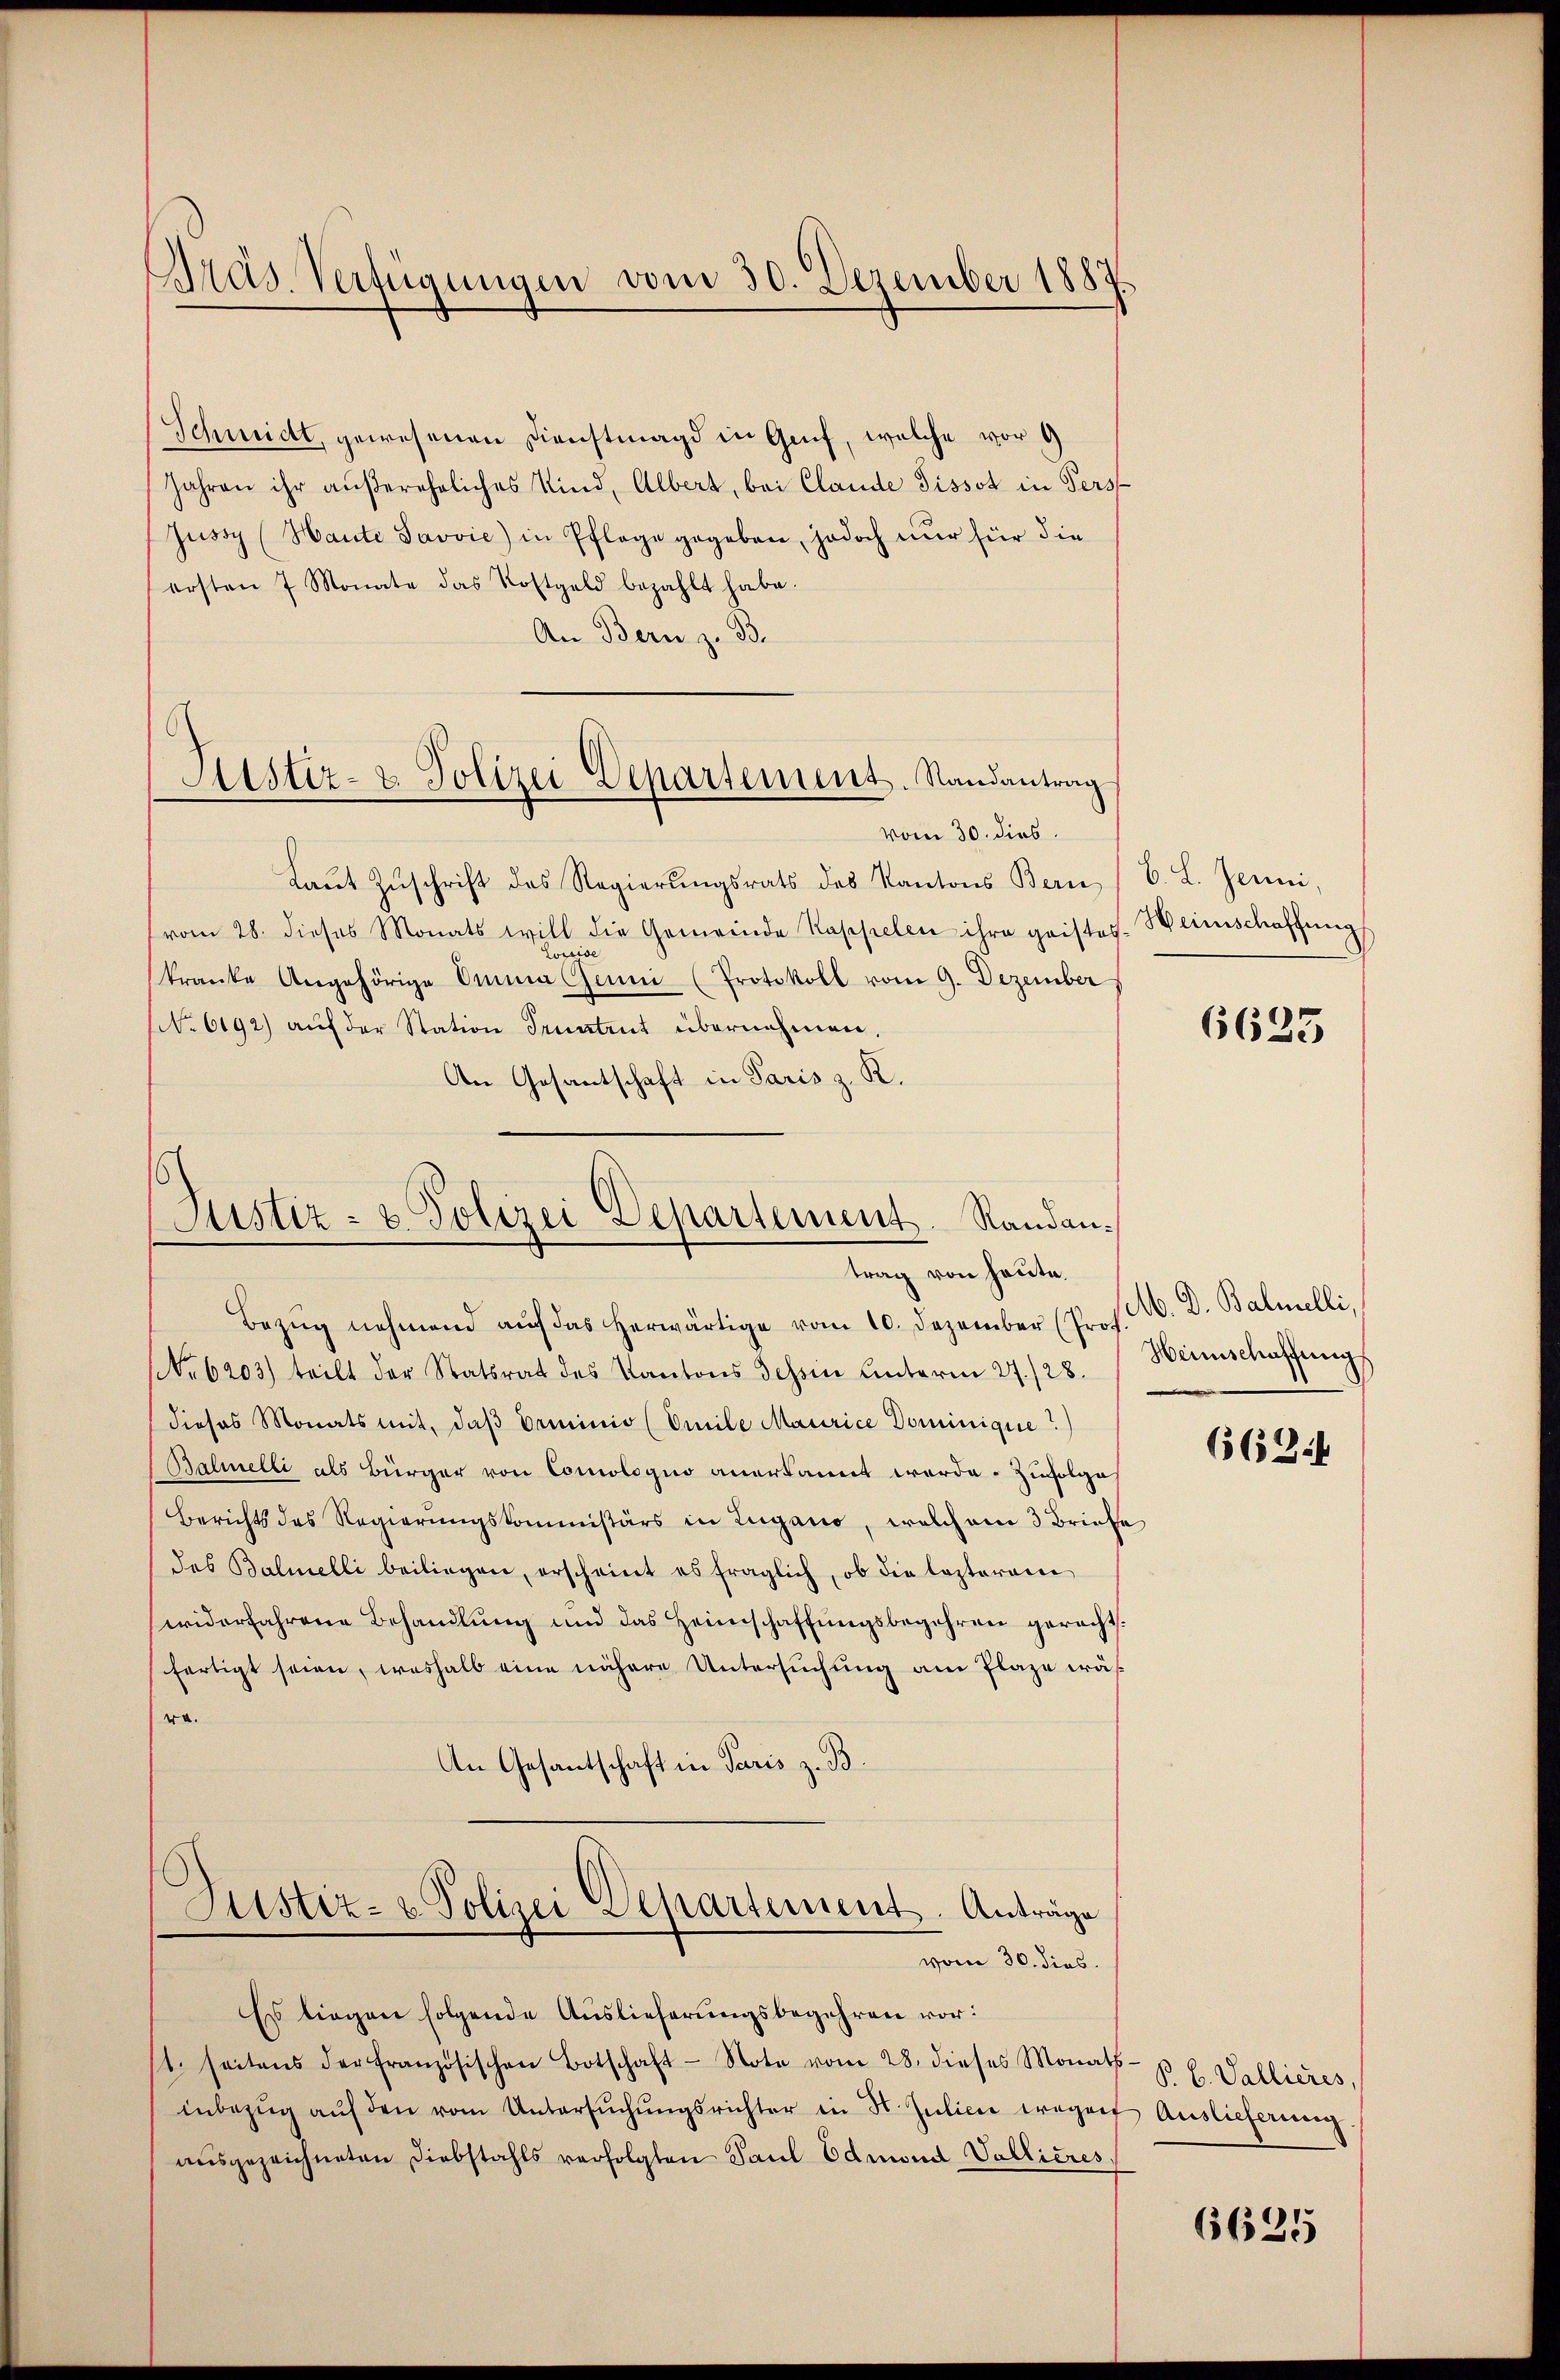
Präs. Verfügungen vom 30. Dezember 1887

Schmidt, gewesenen Dienstmagd in Genf, welche vor 1
Jahren ihr aŭβerehrliches Kind, Albert, bei Claude Tissot in Persjussy (Haute Javvie) in Pflage gegeben, jedoch nur für die
ersten 7 Monate das Kostgeld bezahlt habe.
An Bern z. B.

Kister- & Polizei Departement. Randantrag

vom 30. dies
Laŭt Zŭschrift des Regierŭngsrats des Kantons Bern
vom 28. dieses Monats will die Gemeinde Kappelen ihre geistes Weinschaffung
be
Lope
kranke Angehörige Anna Gummi (Protokoll vom 9. Dezember
No 6192) aŭf der Station Senatent übernehmen,
An Gesantschaft in Paris z. R.

Justiz- & Polizei Departement. Randantrag von heute.

b. L. Jenni,

Bezug nehmend auf das herwärtige vom 10. Dezember (Prof.
NNo. 6203) teilt der Statsrat des Kantons Sehne Unterm 27./28.
dieses Monats mit, daβ erminio (Omile Maurice Dominigue?)
Balmelli als Bürger von Comologus anerkannt werde. Zufolge
Berichts des Regierungskommissärs in Zugano, welchem 3 Briefe
des Balmelli beiliegen, erscheint es fraglich, ob die lezterem
widerfahrene Behandlung und das Heimschaffŭngsbegehren geracht:
fertigt seien, weshalb eine nähere Untersuchung am Plaze wäsra.
An Gesantschaft in Paris z. B.
Zustiz- u Polizei Departement. Anträge
vom 30. dies
Es liegen folgende Auslieferungsbegehren vor:
st. seitens der französischen Botschaft Note vom 28. dieses Monats- u. l. Vallieres,
inbezŭg aŭf den vom Untersŭchŭngsrichter in H. Jŭlici wegen Auslieferung.
ausgezeichneten Diebstahls verfolgten Paul Edmond Vallières,

6625

M. D. Balmelli,
Heimschaffung

6634

6625